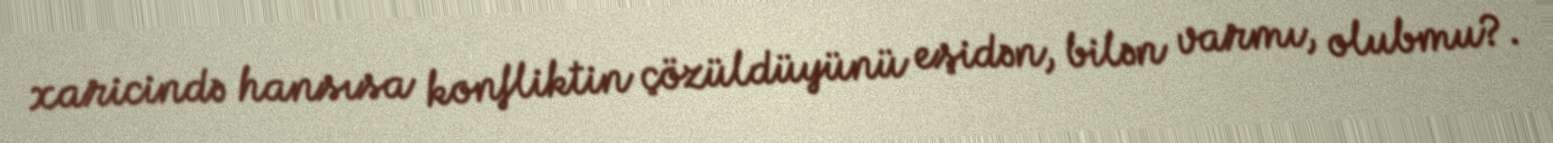
xaricində hansısa konfliktin çözüldüyünü eşidən, bilən varmı, olubmu?.